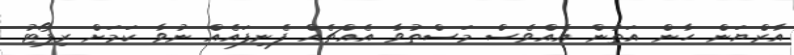
އާރްޔަން ހާން އަތުން އެއްވެސް މަސްތުވާ އެއްޗެއް ފެނިފައެއް ނުވާ ކަމަށް ރިޕޯޓު